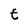
Character: t